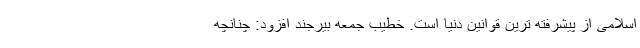
اسلامی از پیشرفته ترین قوانین دنیا است. خطیب جمعه بیرجند افزود: چنانچه